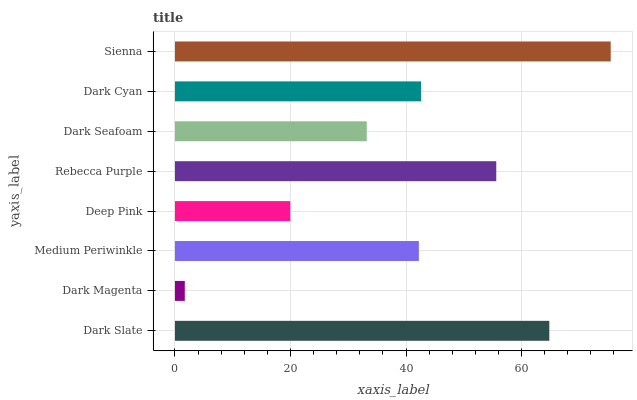
| yaxis_label | bars |
 | --- | --- |
 | Dark Slate | 64.8 |
 | Dark Magenta | 1.7 |
 | Medium Periwinkle | 42.2 |
 | Deep Pink | 20 |
 | Rebecca Purple | 55.6 |
 | Dark Seafoam | 33.2 |
 | Dark Cyan | 42.6 |
 | Sienna | 75.4 |